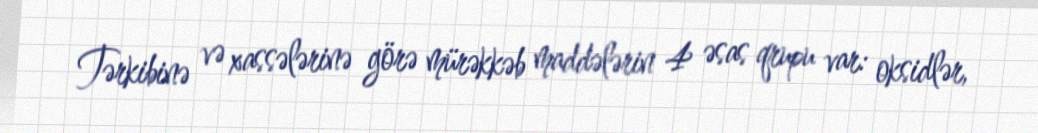
Tərkibinə və xassələrinə görə mürəkkəb maddələrin 4 əsas qrupu var: oksidlər,